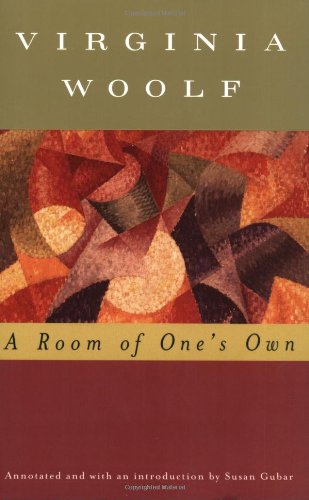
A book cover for A Room of One's Own (Annotated); Virginia Woolf; Literature & Fiction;